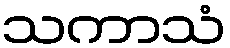
သကာသံ